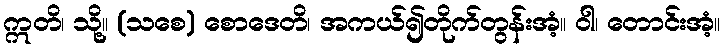
ဣတိ၊ သို့။ (သစေ) စောဒေတိ၊ အကယ်၍တိုက်တွန်းအံ့။ ဝါ၊ တောင်းအံ့။